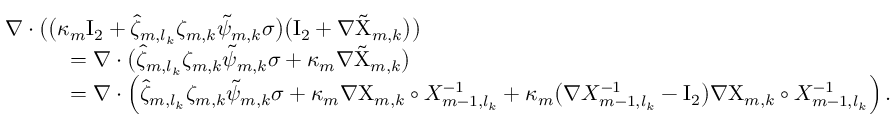
\begin{array} { r l } { \lefteqn { \nabla \cdot \bigl ( \bigl ( \kappa _ { m } \ensuremath { \mathrm { I } _ { 2 } } + \hat { \zeta } _ { m , l _ { k } } \zeta _ { m , k } \tilde { \psi } _ { m , k } \sigma \bigr ) \bigl ( \ensuremath { \mathrm { I } _ { 2 } } + \nabla \tilde { \Chi } _ { m , k } \bigr ) \bigr ) } \qquad } & { } \\ & { = \nabla \cdot \bigl ( \hat { \zeta } _ { m , l _ { k } } \zeta _ { m , k } \tilde { \psi } _ { m , k } \sigma + \kappa _ { m } \nabla \tilde { \Chi } _ { m , k } \bigr ) } \\ & { = \nabla \cdot \Bigl ( \hat { \zeta } _ { m , l _ { k } } \zeta _ { m , k } \tilde { \psi } _ { m , k } \sigma + \kappa _ { m } \nabla { \Chi } _ { m , k } \circ X _ { m - 1 , l _ { k } } ^ { - 1 } + \kappa _ { m } \bigl ( \nabla X _ { m - 1 , l _ { k } } ^ { - 1 } - \ensuremath { \mathrm { I } _ { 2 } } \bigr ) \nabla { \Chi } _ { m , k } \circ X _ { m - 1 , l _ { k } } ^ { - 1 } \Bigr ) \, . } \end{array}